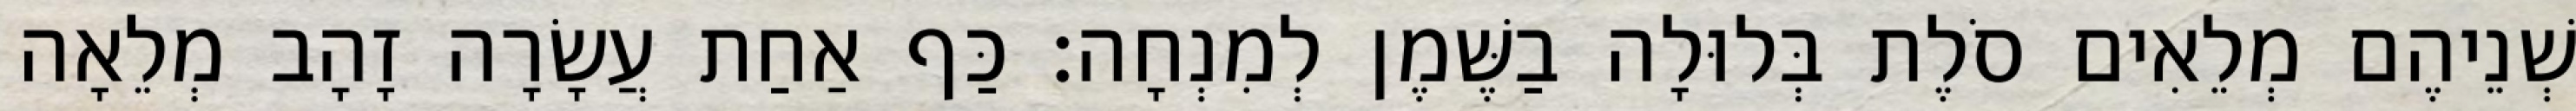
שְׁנֵיהֶם מְלֵאִים סֹלֶת בְּלוּלָה בַשֶּׁמֶן לְמִנְחָה׃ כַּף אַחַת עֲשָׂרָה זָהָב מְלֵאָה